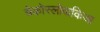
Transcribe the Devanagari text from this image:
चेकोस्लोवाकिआ